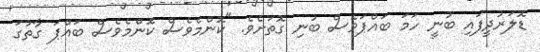
ޑޮލަރުދީފައި ބުނީ ހަމަ ބައްޕަވެސް ބުނި ގޮތަށެވެ. "ކޮންމެވެސް ކޮންމެވެސް ބައްޕަ ގާތުގަ